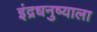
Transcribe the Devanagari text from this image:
इंद्रधनुष्याला